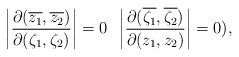
\begin{align*}\left|\frac{\partial(\overline{z_1},\overline{z_2})}{\partial(\zeta_1,\zeta_2)}\right|=0\;\; \left|\frac{\partial(\overline{\zeta_1},\overline{\zeta_2})}{\partial(z_1,z_2)}\right|=0),\end{align*}